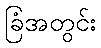
ခြံအတွင်း